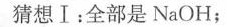
猜想Ⅰ：全部是N_{a}OH；